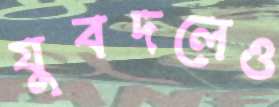
যুবদলেও